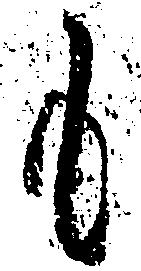
も